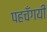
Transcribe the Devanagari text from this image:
पहचँगयी